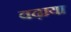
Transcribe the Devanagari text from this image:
वढ़ाया